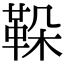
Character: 𩊜